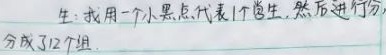
生：我用一个小黑点代表1个学生，然后进行分
分成了12组.